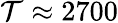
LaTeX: \mathcal{T}\approx2700